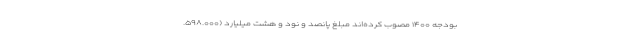
بودجه ۱۴۰۰ مصوب کرده‌اند مبلغ پانصد و نود و هشت میلیارد (۵۹۸.۰۰۰.